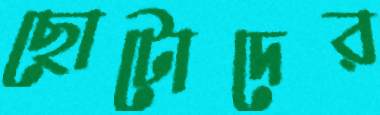
ছোটোদের